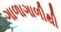
ગાળાગાળીથી